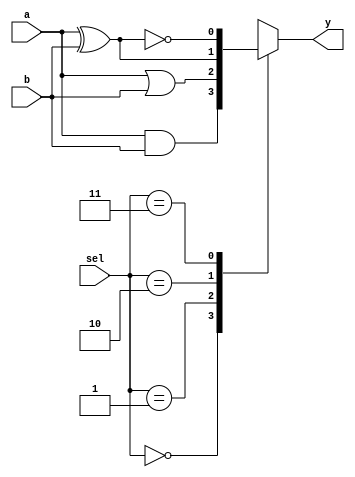
// -- case
`timescale 1ns/10ps
module fn_sw_4(
            a,
            b,
            sel,
            y
);
input       a;
input       b;
input[1:0]  sel;
output      y;

reg y;      //always reg
always @(a or b or sel) begin
    case (sel)
        2'b00:begin y<=a&b; end
        2'b01:begin y<=a|b; end
        2'b10:begin y<=a^b; end
        2'b11:begin y<=~(a^b); end 
    endcase
end
endmodule

module fn_sw_4_tb;
reg[3:0]    absel;
wire        yy;
fn_sw_4 fn_sw_4(
        .a(absel[0]),
        .b(absel[1]),
        .sel(absel[3:2]),
        .y(yy)
);

initial begin
            absel<=0;
    #200    $stop;
end
always #10 absel<=absel+1;      //

initial begin
    $dumpfile("fn_sw_4_tb.vcd"); // dumpfile
    $dumpvars; // dump all vars
end
endmodule